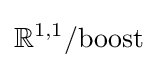
\mathbb {R} ^{1,1}/{\text{boost}}